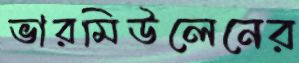
ভারমিউলেনের